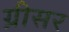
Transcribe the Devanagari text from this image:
ग्रीसर